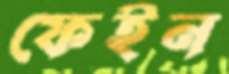
ফেইন